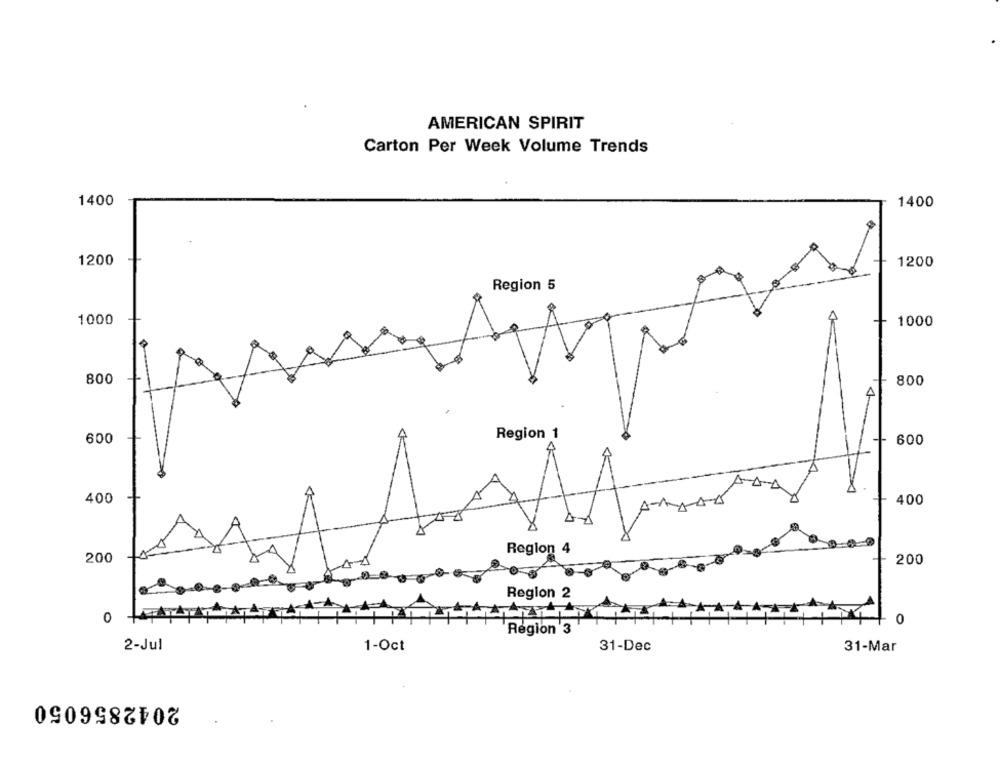
AMERICAN SPIRIT
Carton Per Week Volume Trends
1400
1400
1200
1200
Region 5
1000
1000
800
800
Region 1
600
600
400
400
Region 4
200
200
Region 2
0
0
Region 3
2-Jul
1-Oct
31-Dec
31-Mar
2042856050